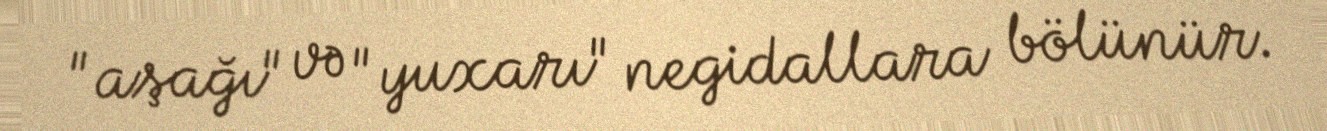
"aşağı" və "yuxarı" negidallara bölünür.